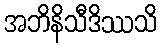
အဘိနိသီဒိဿသိ